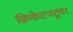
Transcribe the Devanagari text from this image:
क्रिकेटपटूंवर